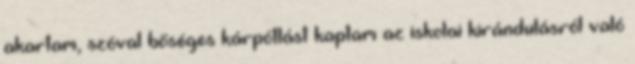
akartam, szóval bőséges kárpótlást kaptam az iskolai kirándulásról való